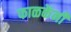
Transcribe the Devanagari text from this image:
फाळकेंनी